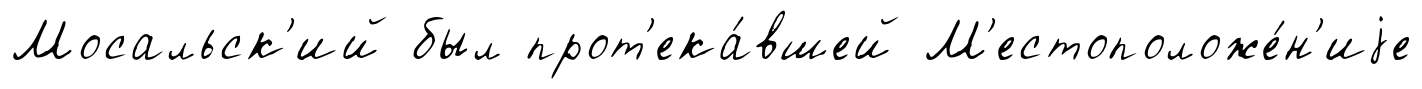
Мосальск'ий был прот'ека́вшей М'естоположе́н'иjе